Calcutta medical institutions reports 1879-81 [i.e.91]
Year: 1879
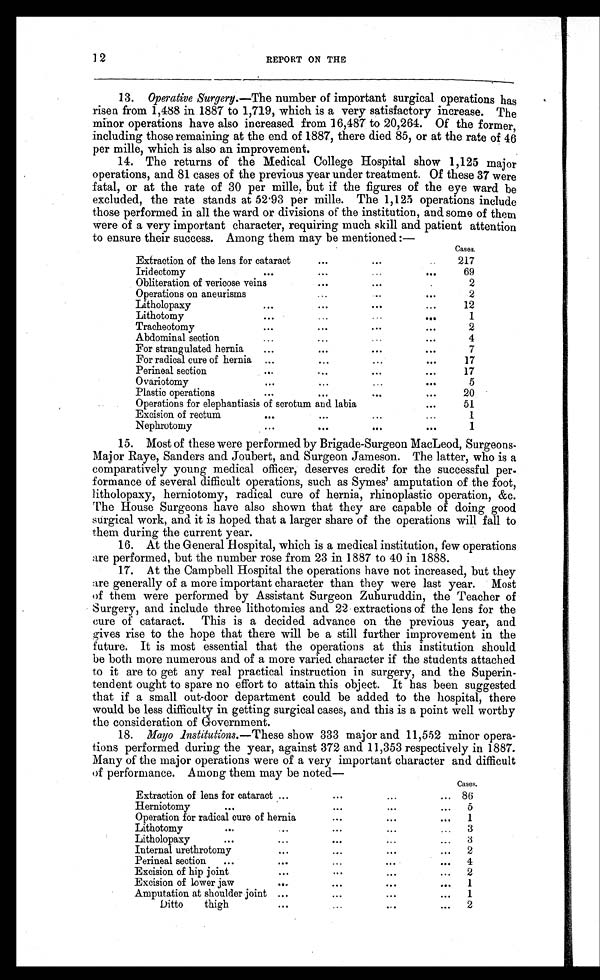
12
REPORT ON THE
13.
Operative Surgery. —The number of important surgical operations has
risen from 1,488 in 1887 to 1,719, which is a very satisfactory increase. The
minor operations have also increased from 16,487 to 20,264. Of the former,
including those remaining at the end of 1887, there died 85, or at the rate of 46
per mille, which is also an improvement.
14. The returns of the Medical College Hospital show 1,125 major
operations, and 81 cases of the previous year under treatment. Of these 37 were
fatal, or at the rate of 30 per mille, but if the figures of the eye ward be
excluded, the rate stands at 52.93 per mille. The 1,125 operations include
those performed in all the ward or divisions of the institution, and some of them
were of a very important character, requiring much skill and patient attention
to ensure their success. Among them may be mentioned:—
Cases.
Extraction of the lens for cataract
...
...
217
Iridectomy
...
...
...
69
Obliteration of varicose veins
...
...
2
Operations on aneurisms
...
... ...
2
Litholopaxy
...
...
...
...
12
Lithotomy
...
...
...
...
1
Tracheotomy
...
...
...
...
2
Abdominal section
...
...
...
...
4
For strangulated hernia
...
...
...
...
7
For radical cure of hernia ...
...
...
...
17
Perineal section
...
...
...
...
17
Ovariotomy
...
...
...
5
Plastic operations
...
...
...
...
20
Operations for elephantiasis of scrotum and labia
...
51
Excision of rectum
...
...
...
...
1
Nephrotomy
...
...
...
...
1
15. Most of these were performed by Brigade-Surgeon MacLeod, Surgeons
- M a j o r R a y e , S a n d e r s a n d J o u b e r t , a n d S u r g e o n J a m e s o n . T h e l a t t e r , w h o i s a
comparatively young medical officer, deserves credit for the successful per.
formance of several difficult operations, such as Symes' amputation of the foot,
litholopaxy, herniotomy, radical cure of hernia, rhinoplastic operation, &c.
The House Surgeons have also shown that they are capable of doing good
surgical work, and it is hoped that a larger share of the operations will fall to
them during the current year.
16. At the General Hospital, which is a medical institution, few operations
are performed, but the number rose from 23 in 1887 to 40 in 1888.
17. At the Campbell Hospital the operations have not increased, but they
are generally of a more important character than they were last year. Most
of them were performed by Assistant Surgeon Zuhuruddin, the Teacher of
Surgery, and include three lithotomies and 22 extractions of the lens for the
cure of cataract. This is a decided advance on the previous year, and
gives rise to the hope that there will be a still further improvement in the
future. It is most essential that the operations at this institution should
be both more numerous and of a more varied character if the students attached
to it are to get any real practical instruction in surgery, and the Superin-
tendent ought to spare no effort to attain this object. It has been suggested
that if a small out-door department could be added to the hospital, there
would be less difficulty in getting surgical cases, and this is a point well worthy
the consideration of Government.
18.
Mayo Institutions. —These show 333 major and 11,552 minor opera-
tions performed during the year, against 372 and 11,353 respectively in 1887.
Many of the major operations were of a very important character and difficult
of performance. Among them may be noted—
Cases.
Extraction of lens for cataract ...
...
...
86
Herniotomy
...
...
...
...
5
Operation for radical cure of hernia
...
...
...
1
Lithotomy
...
...
...
...
3
Litholopaxy
...
...
...
...
...
3
Internal urethrotomy
...
...
...
...
2
Perineal section
...
...
...
...
...
4
Excision of hip joint
...
...
...
...
2
Excision of lower jaw
...
...
...
...
1
Amputation at shoulder joint ...
...
...
...
1
Ditto thigh
...
...
.....
...
2